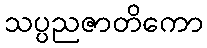
သပ္ပညဇာတိကော